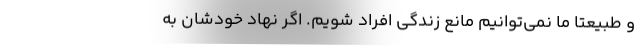
و طبیعتاً ما نمی‌توانیم مانع زندگی افراد شویم. اگر نهاد خودشان به